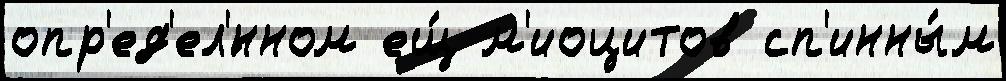
опр'ед'ел'́нном ещ́ м'иоцитов сп'инны́м